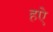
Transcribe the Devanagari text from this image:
हऐ